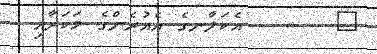
٢      އެކަލާނގެ އެއުރެންގެ މަކަރާއި